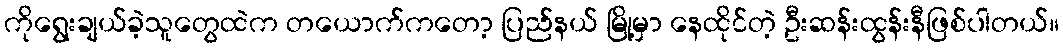
ကိုရွေးချယ်ခဲ့သူတွေထဲက တယောက်ကတော့ ပြည်နယ် မြို့မှာ နေထိုင်တဲ့ ဦးဆန်းထွန်းနီဖြစ်ပါတယ်။